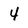
Character: 4